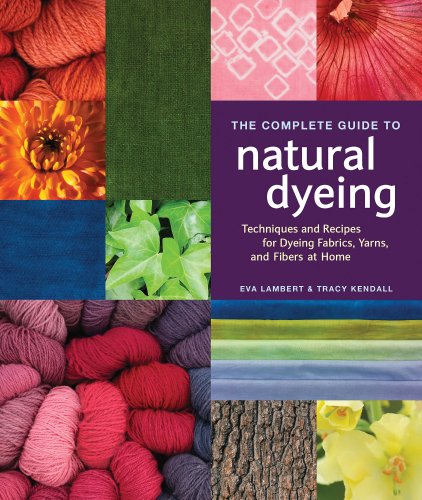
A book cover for The Complete Guide to Natural Dyeing; Eva Lambert; Crafts, Hobbies & Home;